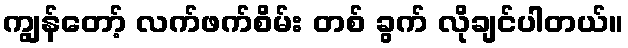
ကျွန်တော့် လက်ဖက်စိမ်း တစ် ခွက် လိုချင်ပါတယ်။